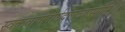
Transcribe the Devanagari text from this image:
स्वकवापीदीर्घदलव्यासानि।।